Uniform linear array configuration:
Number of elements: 32
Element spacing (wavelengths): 1
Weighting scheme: kaiser
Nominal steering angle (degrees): -15
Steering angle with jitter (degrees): -16.948
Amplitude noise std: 0.05
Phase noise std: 0.05

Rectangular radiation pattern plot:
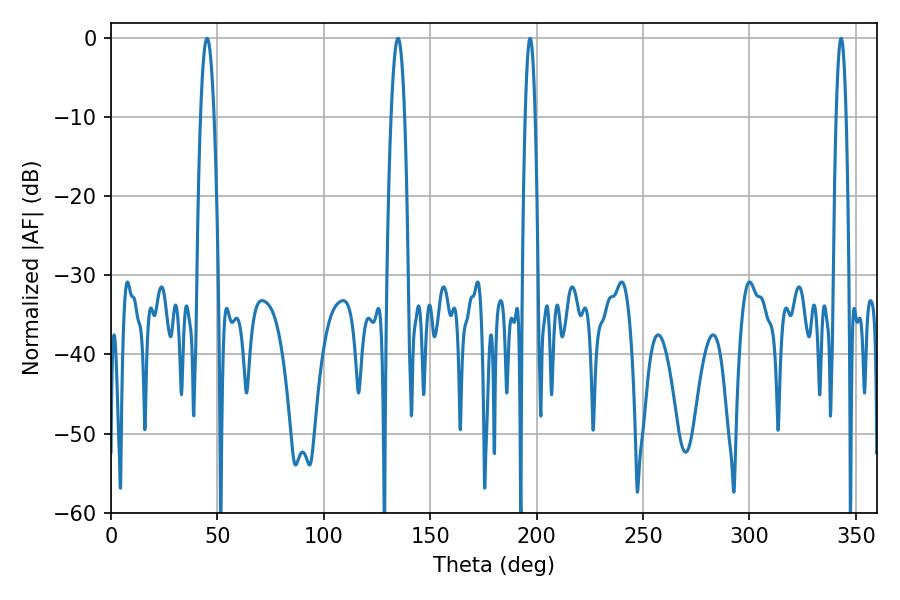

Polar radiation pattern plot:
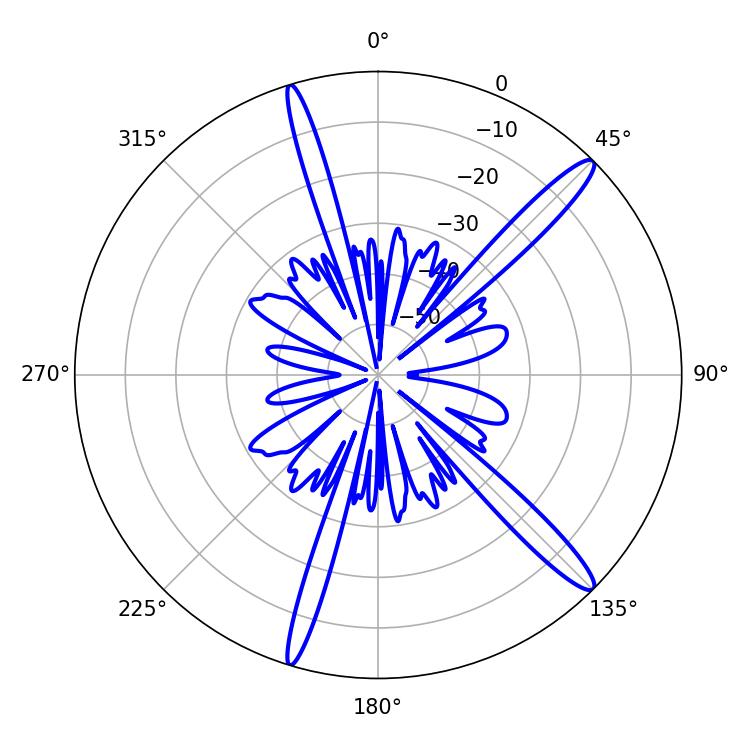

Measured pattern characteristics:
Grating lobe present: TRUE
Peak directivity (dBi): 14.835
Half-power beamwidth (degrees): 2.52
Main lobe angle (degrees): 196.92